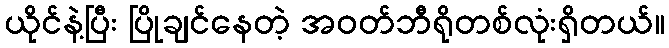
ယိုင်နဲ့ပြီး ပြိုချင်နေတဲ့ အဝတ်ဘီရိုတစ်လုံးရှိတယ်။